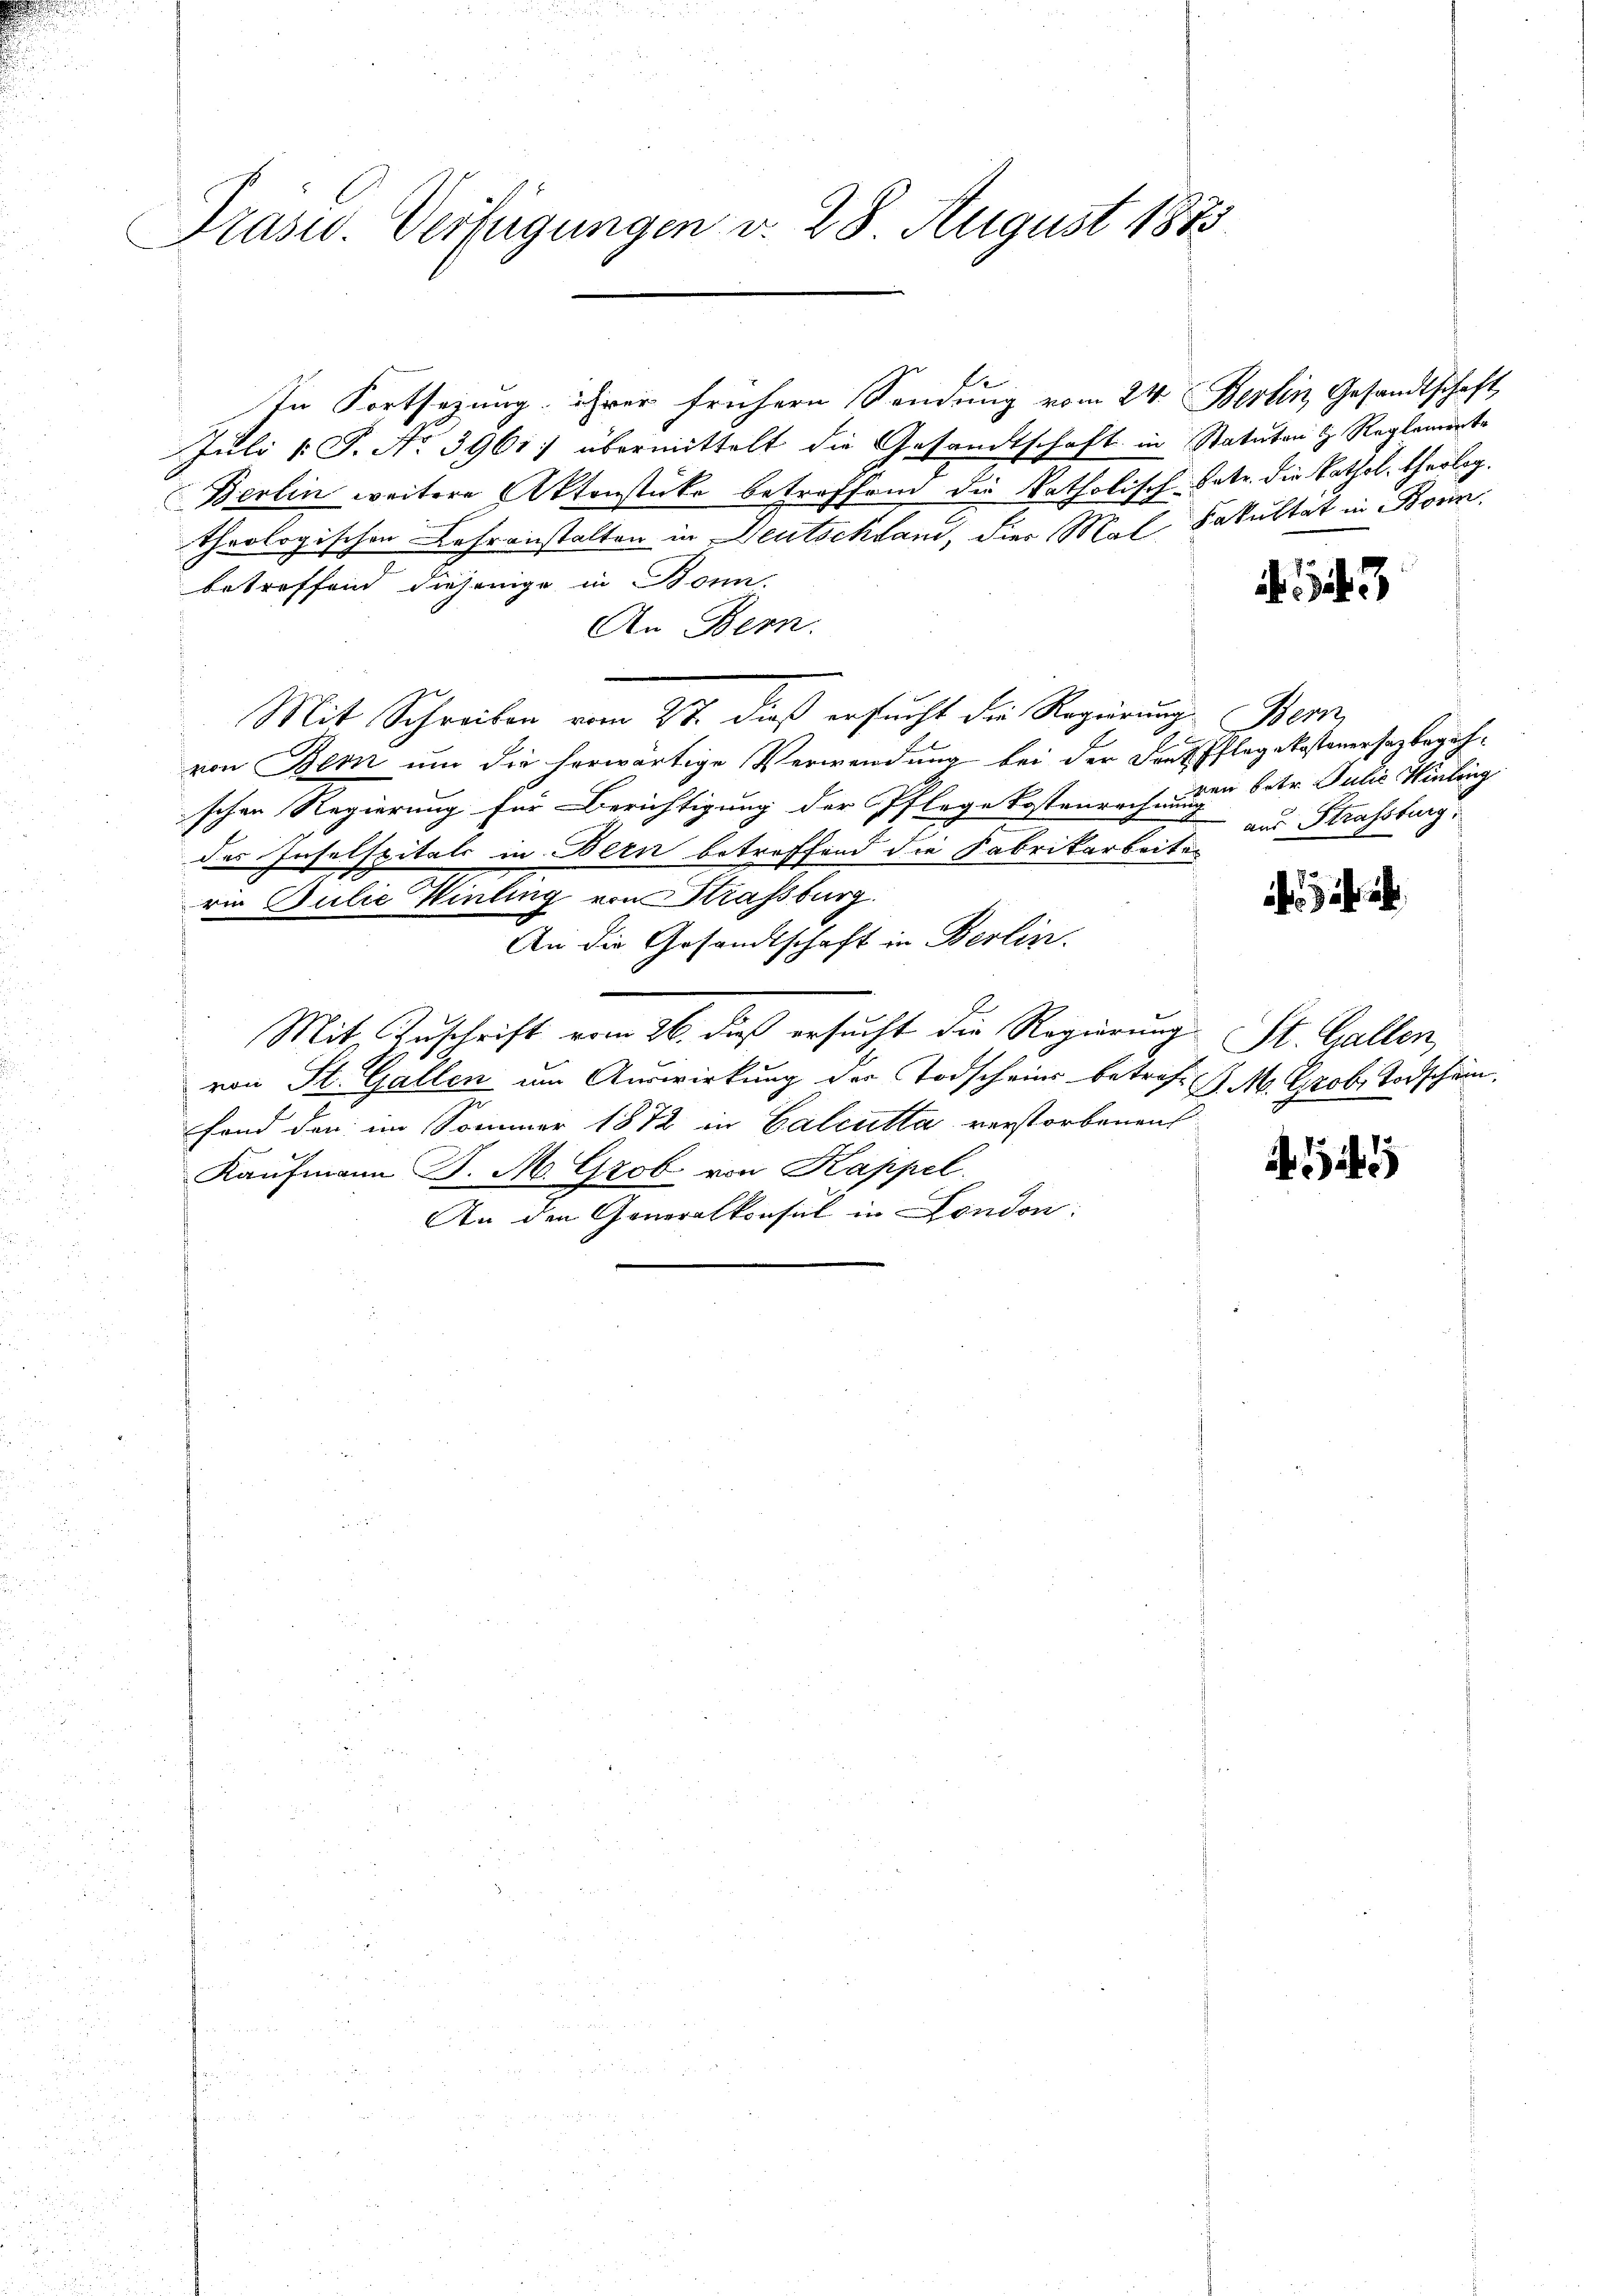
Präser. Verfügungen d. 28 August 1873

In Fortsezung ihrer frühern Sendung vom 24. Fertin Gesandtschaft,
Juli l. J. No 3961: übermittelt die Gesandtschaft in Statutons Reglemente
Berlin weitere Aktenstücke betroffend die katholisch Satz. die Kathal, theolog.
theologischen Lehranstalten in Deutschland, die Mal Fakultät in Born,
betreffend diejenige in Bonn.
An Bern.
Mit Schreiben vom 27. dieß ersucht die Regierung Bern,
von Bern um die herwärtige Verwendung bei der Fortpflegekostenersagbegehschen Regierung für Berichtigung der Pflege Kostenrechnung betr. Gubić, Hinling
des Inselspitals in Bern betreffend die Fabrikarbeiten
rin Julie Winting von Strassburg.
An die Gesandtschaft in Berlin.
Mit Zuschrift vom 26. dieß ersucht die Regierung St. Gallen,
von St. Gallen um Auswirkung der Todscheins betref d. M. Grob. Todschein,
fond den im Sommer 1872 in Calcutta verstorbenen
Kaufmann J. M. Grob von Kappel.
An den Generalkonsul in London:

13

aus Strassburg,

i